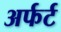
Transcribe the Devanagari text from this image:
अर्फर्ट